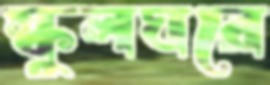
স্কুলঘরে